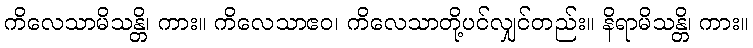
ကိလေသာမိသန္တိ၊ ကား။ ကိလေသာဧဝ၊ ကိလေသာတို့ပင်လျှင်တည်း။ နိရာမိသန္တိ၊ ကား။